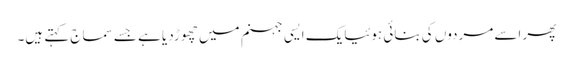
پھر اسے مردوں کی بنائی ہوئیایک ایسی جہنم میں چھوڑدیا ہے جسے سماج کہتے ہیں۔